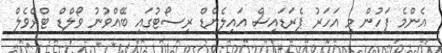
އެންމެ ފަހުން މި އަހަރު ޕެރަޑައިސް އައިލެންޑް ރިސޯޓުގައި ބޭއްވުނު ވޯލްޑް ޓްރެވެލް